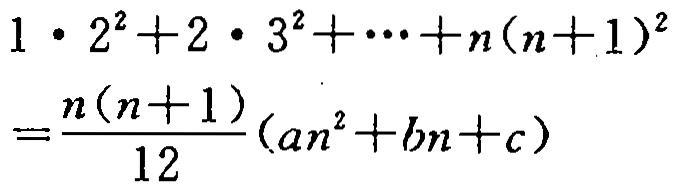
\[

\begin{align*}

&1\cdot2^{2}+2\cdot3^{2}+\cdots +n(n + 1)^{2}\\

=&\frac{n(n + 1)}{12}(an^{2}+bn + c)

\end{align*}

\]